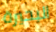
البحيرة